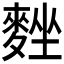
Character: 𪌴